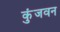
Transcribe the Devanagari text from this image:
कुंजवन